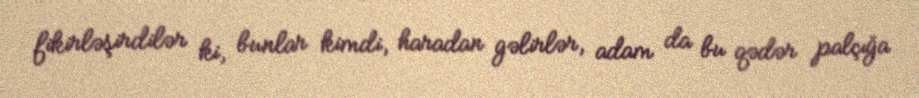
fikirləşirdilər ki, bunlar kimdi, haradan gəlirlər, adam da bu qədər palçığa